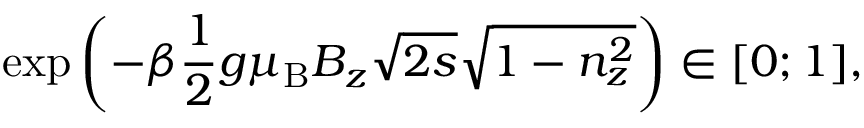
\exp \left( - \beta \frac { 1 } { 2 } g { \ensuremath { \mu _ { \mathrm { B } } } } B _ { z } \sqrt { 2 s } \sqrt { 1 - n _ { z } ^ { 2 } } \right) \in [ 0 ; 1 ] ,